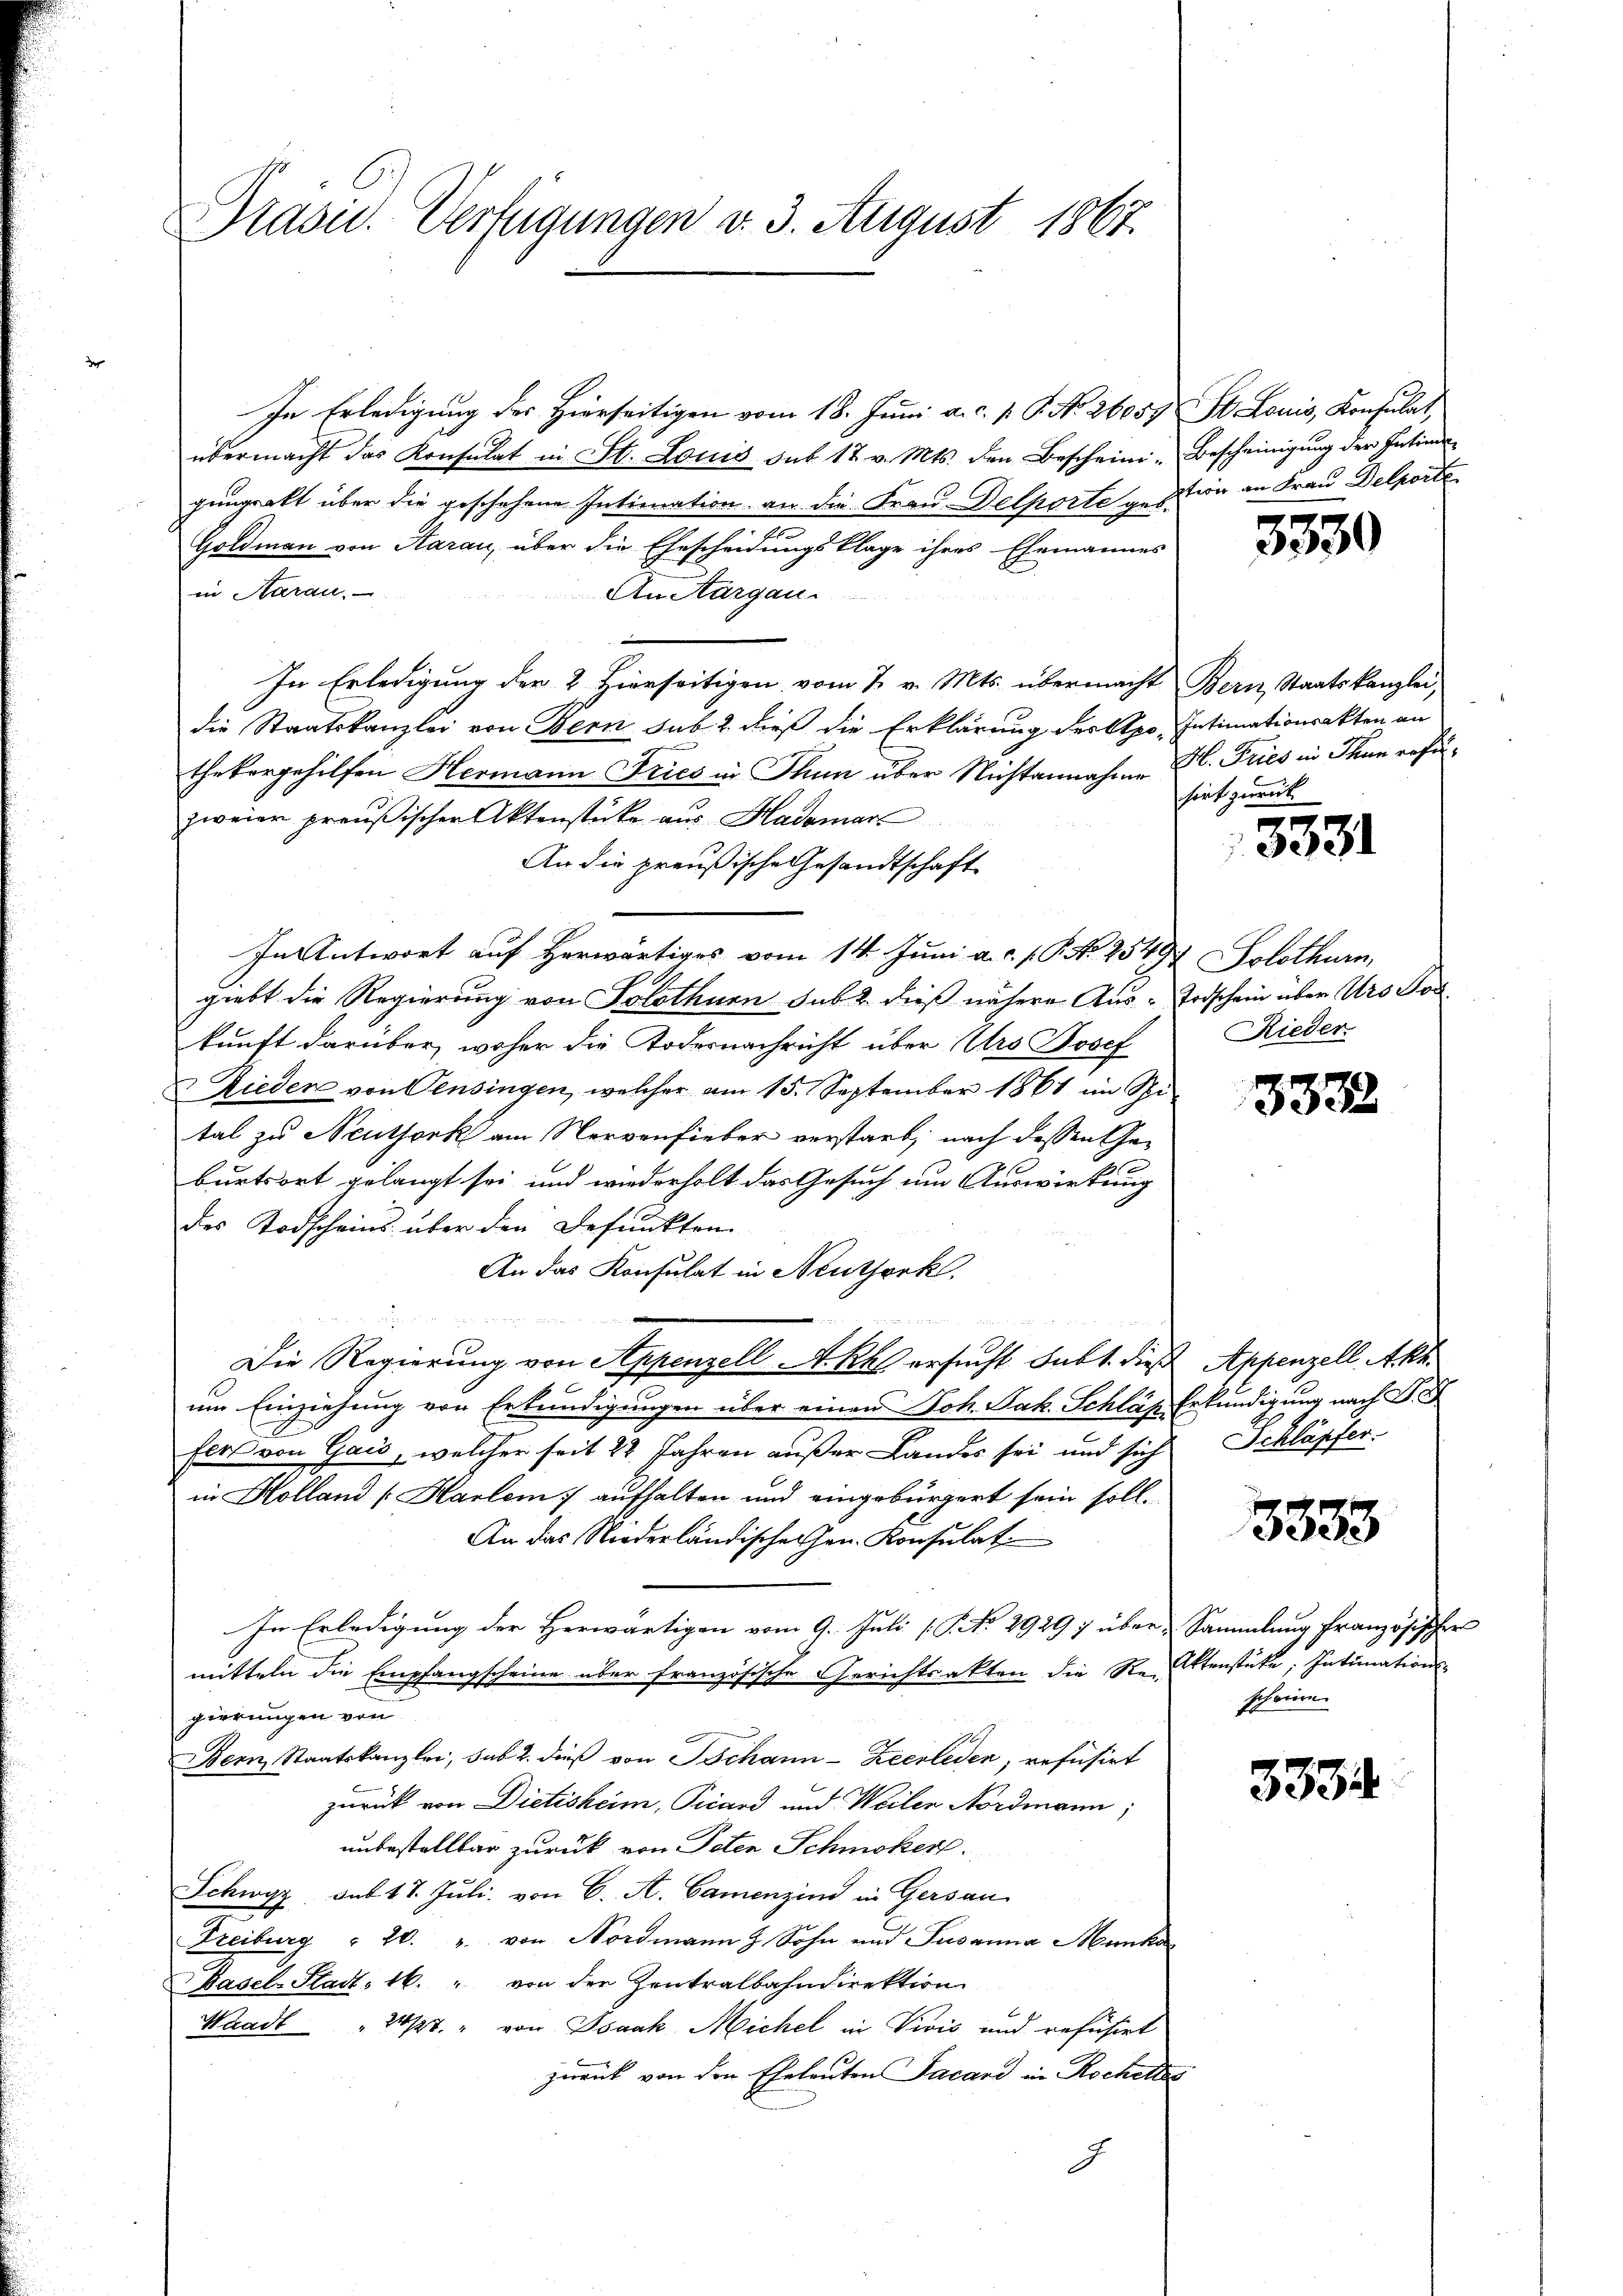
In Erledigung des Hierseitigen vom 18. Juni a. c. p. P. Nr. 26059 St. Louis, Konsulat,
übermacht das Konsulat in St. Louis sub 17 v. Mts. den Bescheini-Bescheinigŭng der Intim
gungsakt über die geschehene Intimation an die Frau Delporte gestion an Frau Delporte
Goldmann von Aarau, über die Ehescheidungsklage ihres Ehemannes
in Aarau
An Aargau.
In Erledigung der 2 Hierseitigen vom 2. v. Mts. übermacht Bern, Staatskanzlei,
die Staatskanzlei von Bern sub. 2. dieß die Erklärung des Apo- Intimationsakten an
thekergehilfen Hermann Fries in Thun über Nichtannahme H. Tries in Thun refuzweier preußischer Aktenstücke aus Hadomar
An die preußische Gesandtschaft
In Antwort auf herwärtiges vom 14. Juni a.c. s. S. Nr. 2549) Solothurn,
giebt die Regierung von Solothurn sub 2. dieß nähere Aus- Todschein über Urs Tod
kunft darüber, woher die Todesnachricht über Urs Josef
Rieden von Pensingen, welcher am 15. September 1861 im Spi-
tal zu Neuthork am Nervenfieber verstarb, nach dessen Geburtsort gelangt sei, und wiederholt das Gesuch um Auswirkung
des Todscheins über den Befunkten
An das Konsulat in Neuthork
Die Regierung von Appenzell A.Rh. ersucht Subt. dies Appenzell Akt.
um Einziehung von Erkundigungen über einen Joh. Jak. Schläp Erkundigung nach D.
Eirs von Gais, welcher seit 22 Jahren außer Landes sei und sich Schläpfer.
in Kolland [Harlei aufhalten und eingebürgert sein soll.
An das Niederländische Hrn. Konsulat
In Erledigung der Herwärtigen vom 9. Juli [S. No. 29297 über Sammlung französischers
mitteln die Empfangscheine über französische Gerichtrakten die Re-Aktenstüke; Intimations-
gierungen von
Bern, Staatskanzlei, sub 2. dieß von Schann-Zeerleden, refüsirt
zurück von Dietisheim, Pirard und Weilen Nordmann,
unbestellbar zurück von Peten Schmöker.
Schwyz sub 17. Juli von C. A. Camenzins in Gersau
Freiburg " 20. u. von Nordmann z. Sohn und Susanna Manko
Basel-Stadt 16. " von der Zentralbahndirektion
Waadt " 20/27. " von Isaak Michel in Vivis und refüsirt
zurück von den Eheleuten Facard in Rocheltes

Prasis. Verfügungen v. 3. August 1867.

J

3339

sirt zurück

3331

Rieder

3332

3333

scheine

3334